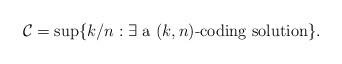
LaTeX: \begin{align*} \mathcal{C} &= \sup\{ k/n : \exists\mbox{ a $(k,n)$-coding solution}\}.\end{align*}